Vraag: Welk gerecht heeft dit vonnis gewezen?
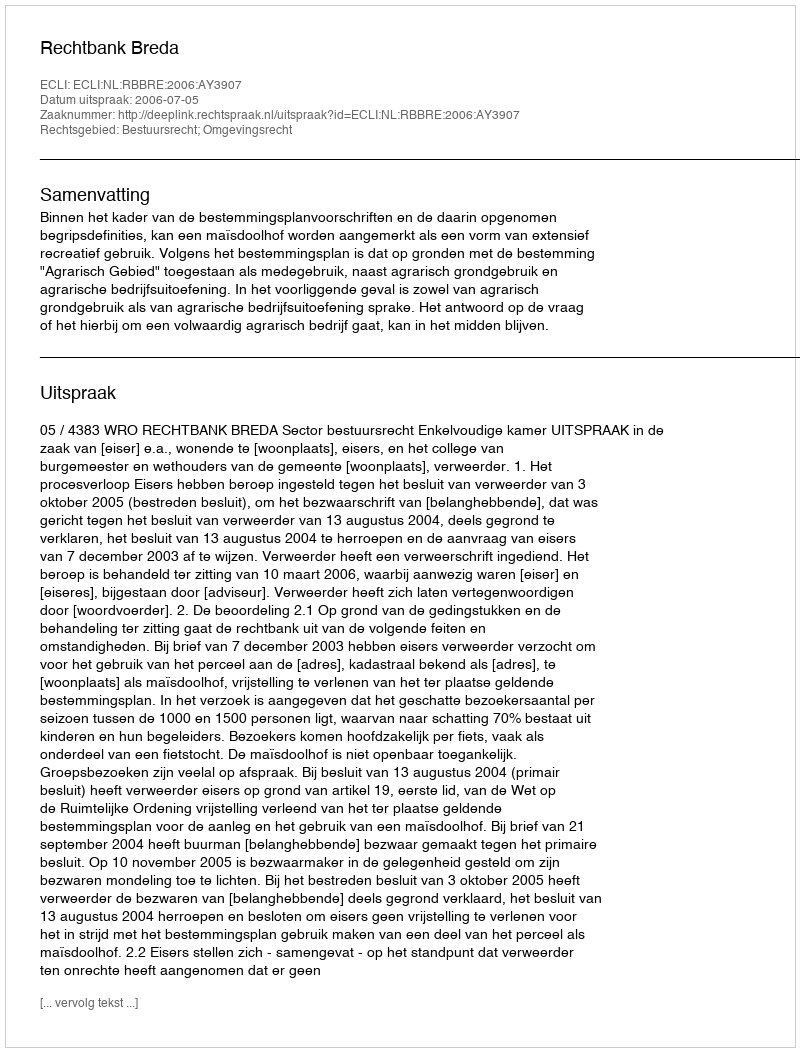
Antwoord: Rechtbank Breda